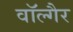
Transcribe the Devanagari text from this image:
वॉल्गैर